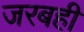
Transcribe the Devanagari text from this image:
जरबही